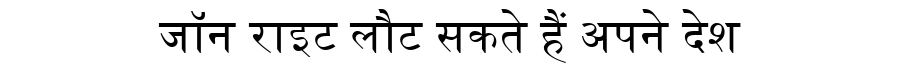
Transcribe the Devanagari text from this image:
जॉन राइट लौट सकते हैं अपने देश